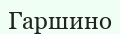
Гаршино